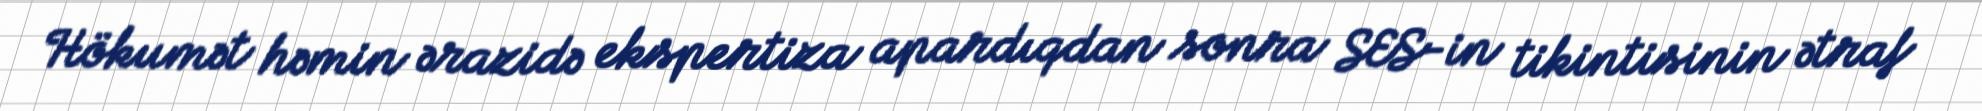
Hökumət həmin ərazidə ekspertiza apardıqdan sonra SES-in tikintisinin ətraf